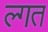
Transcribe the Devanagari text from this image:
ल्गत